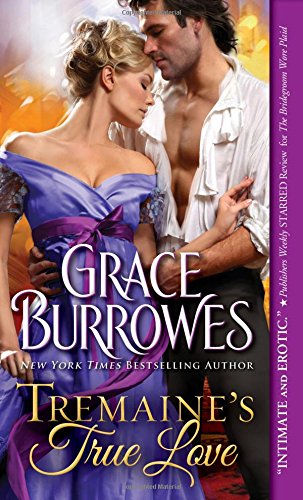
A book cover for Tremaine's True Love (True Gentlemen); Grace Burrowes; Romance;